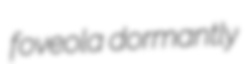
foveola dormantly